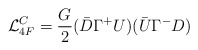
\begin{align*}{\cal L}_{4F}^C=\frac{G}{2}{(\bar{D}\Gamma^+U)}{(\bar{U}\Gamma^-D)}\end{align*}